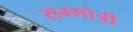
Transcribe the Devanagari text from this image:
सम्गोत्री